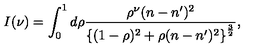
I ( \nu ) = \int _ { 0 } ^ { 1 } d \rho \frac { \rho ^ { \nu } ( n - n ^ { \prime } ) ^ { 2 } } { \left\{ ( 1 - \rho ) ^ { 2 } + \rho ( n - n ^ { \prime } ) ^ { 2 } \right\} ^ { \frac { 3 } { 2 } } } ,